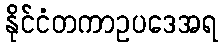
နိုင်ငံတကာဥပဒေအရ